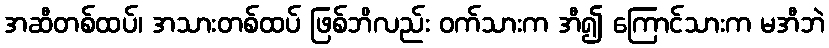
အဆီတစ်ထပ်၊ အသားတစ်ထပ် ဖြစ်ဘိလည်း ဝက်သားက အီ၍ ကြောင်သားက မအီဘဲ